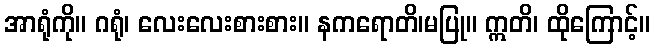
အာရုံကို။ ဂရုံ၊ လေးလေးစားစား။ နကရောတိ၊မပြု။ ဣတိ၊ ထိုကြောင့်။